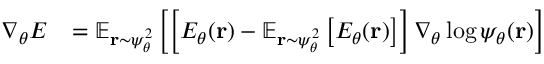
\begin{array} { r l } { \nabla _ { \theta } E } & { = \mathbb { E } _ { { \mathbf { r } } \sim \psi _ { \theta } ^ { 2 } } \left[ \left[ E _ { \theta } ( { \mathbf { r } } ) - \mathbb { E } _ { { \mathbf { r } } \sim \psi _ { \theta } ^ { 2 } } \left[ E _ { \theta } ( { \mathbf { r } } ) \right] \right] \nabla _ { \theta } \log \psi _ { \theta } ( { \mathbf { r } } ) \right] } \end{array}